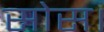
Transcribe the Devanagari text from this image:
सोस।